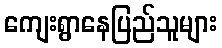
ကျေးရွာနေပြည်သူများ